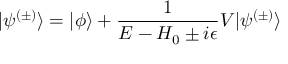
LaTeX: | \psi ^ { ( \pm ) } \rangle = | \phi \rangle + { \frac { 1 } { E - H _ { 0 } \pm i \epsilon } } V | \psi ^ { ( \pm ) } \rangle